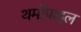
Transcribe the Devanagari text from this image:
थर्मोपाइल